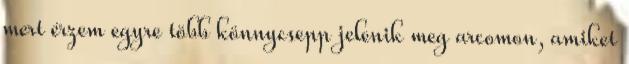
mert érzem egyre több könnycsepp jelenik meg arcomon, amiket